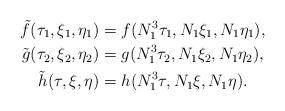
LaTeX: \begin{align*} \tilde{f} (\tau_1, \xi_1 , \eta_1) & = f (N_1^3 \tau_1 , N_1 \xi_1, N_1 \eta_1), \\ \tilde{g} (\tau_2, \xi_2, \eta_2) & = g (N_1^3 \tau_2, N_1 \xi_2, N_1 \eta_2), \\ \tilde{h} (\tau, \xi, \eta) & = h (N_1^3 \tau, N_1 \xi, N_1 \eta).\end{align*}